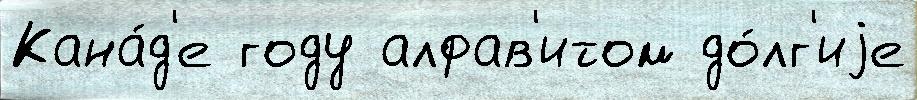
Кана́д'е году алфав'итом до́лг'иjе